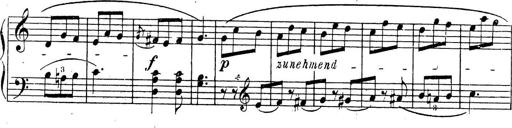
Title: 10 Sonatinas
Composer: Fritz Spindler